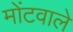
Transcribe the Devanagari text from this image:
मोंटवाले